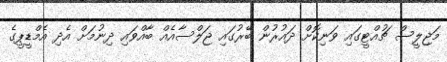
މަޖިލީސް ޗުއްޓީގައި ވަނިކޮށް ދައުރުން ބޭރުގައި ޖަލްސާއެއް ބާއްވައި ދިނުމަށް އެދި އެމްޑީޕީގެ